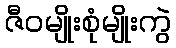
ဇီဝမျိုးစုံမျိုးကွဲ